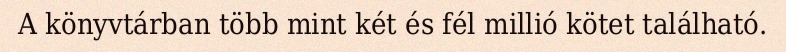
A könyvtárban több mint két és fél millió kötet található.